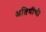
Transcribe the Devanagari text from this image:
अतिथींची